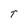
Character: T